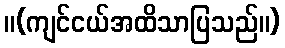
။(ကျင်ငယ်အထိသာပြသည်။)